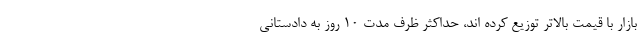
بازار با قیمت بالاتر توزیع کرده اند، حداکثر ظرف مدت ۱۰ روز به دادستانی